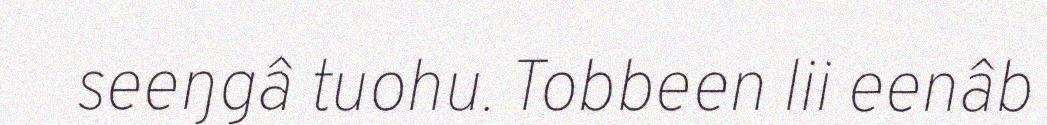
seeŋgâ tuohu. Tobbeen lii eenâb